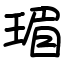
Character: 瑂